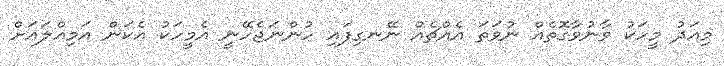
މިއަދު މީހަކު ވާނުވާގޮތެއް ނުވަތަ އެއްޗެއް ނޭނގިފައި ހުންނަޖެހޭނީ އެމީހަކު އެކަން އަމިއްލައަށް